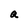
Character: a